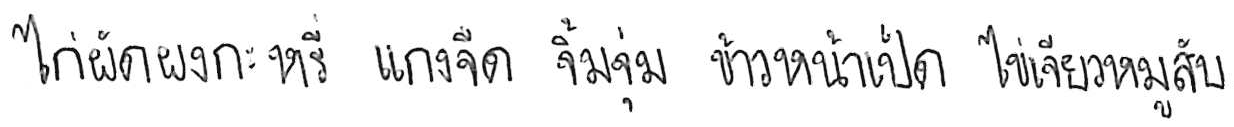
ไก่ผัดผงกะหรี่ แกงจืด จิ้มจุ่ม ข้าวหน้าเป็ด ไข่เจียวหมูสับ